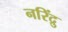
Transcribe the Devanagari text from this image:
नरिंद्रु